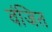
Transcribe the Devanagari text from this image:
वंजित